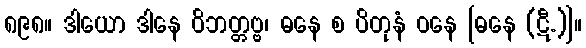
၈၉၈။ ဒါယော ဒါနေ ဝိဘတ္တဗ္ဗ၊ ဓနေ စ ပိတုနံ ဝနေ [ဓနေ (ဋီ.)]။